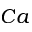
C a